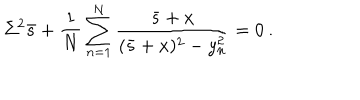
\Sigma ^ { 2 } \bar { s } + \frac { 1 } { N } \sum _ { n = 1 } ^ { N } \frac { \bar { s } + x } { ( \bar { s } + x ) ^ { 2 } - y _ { n } ^ { 2 } } = 0 \: .